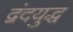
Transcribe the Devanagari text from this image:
द्वंदयुद्ध